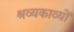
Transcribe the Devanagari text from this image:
श्रव्यकाव्यों